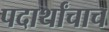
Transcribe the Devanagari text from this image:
पदार्थांचाच